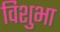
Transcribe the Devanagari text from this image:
विशुभा